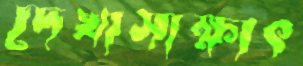
দেখাসাক্ষাৎ